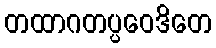
တထာဂတပ္ပဝေဒိတေ